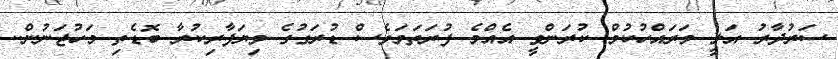
ސަރުދާރު އަލީ މަރައްހުކުމް ކުރަންވީ އެއްމެ ފުރަތަމަވެސް ޑުރަގުގެ ވިޔަފާރިކުރާ ބޮޑެތި މަހުޖަނުން..